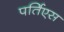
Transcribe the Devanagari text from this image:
पर्तिएस